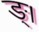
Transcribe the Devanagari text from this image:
ङ्।